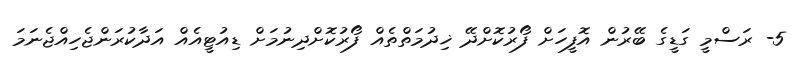
5- ރަސްމީ ގަޑީގެ ބޭރުން އޮފީހަށް ފޯރުކޮށްދޭ ޚިދުމަތްތެއް ފޯރުކޮށްދިނުމަށް ޑިއުޓީއެއް އަދާކުރަންޖެހިއްޖެނަމަ